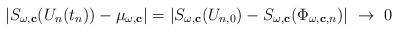
LaTeX: \begin{align*}|S_{\omega,\mathbf{c}}(U_n(t_n))-\mu_{\omega,\mathbf{c}}|=|S_{\omega,\mathbf{c}}(U_{n,0})-S_{\omega,\mathbf{c}}(\Phi_{\omega,\mathbf{c},n})|\ \rightarrow\ 0\end{align*}